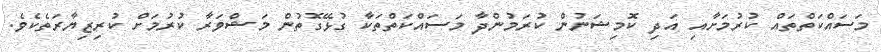
މަސައްކަތްތައް ކުރުމަށާއި އަދި ކޮމިޝަނުން ކުރަމުންދާ މަސައްކަތްތަކާ ގުޅޭގޮތުން މަޝްވަރާ ކުރުމަށް ކުރިޒިޔާރަތެކެވެ.